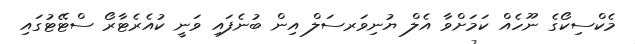
މެކްސިކޯގެ ނޫހެއް ކަމަށްވާ އެލް ޔުނިވަރސަލް އިން ބުނެފައި ވަނީ ކުއެރެޓާރޯ ސްޓޭޓުގައި